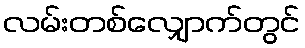
လမ်းတစ်လျှောက်တွင်